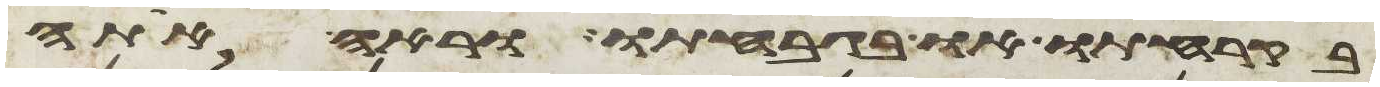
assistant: בקרחתו או בגבחתו וראה אתה